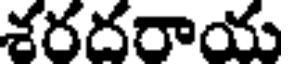
శరదరాయ